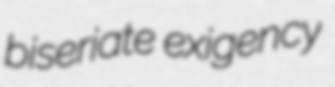
biseriate exigency